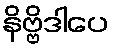
နိဗ္ဗိဒါပေ